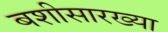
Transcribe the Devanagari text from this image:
बशीसारख्या